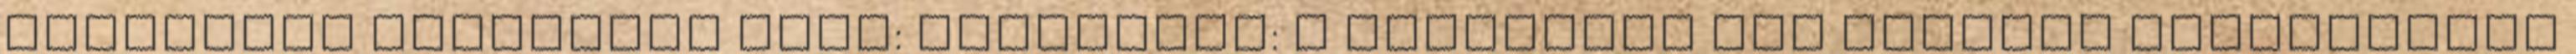
bejegyzés trackback címe: Trackback: A támogatás ára helyett párbeszédet